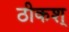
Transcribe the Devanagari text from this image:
ठीकश्